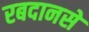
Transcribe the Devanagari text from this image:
रबदानसे